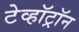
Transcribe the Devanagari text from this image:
टेव्हॉट्रॉन